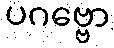
ပဂဗ္ဗော